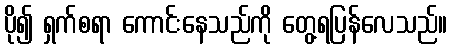
ပို၍ ရှက်စရာ ကောင်းနေသည်ကို တွေ့ရပြန်လေသည်။